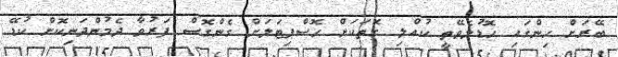
ބޭރަށް ހިންގައި ހޮޑުލެވޭތީ ކުއްލި ގޮތަކަށް ހޮސްޕިޓަލަށް ގެންގޮސް ފަރުވާ ދެމުންދަނިކޮށް ކުޑޭ